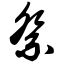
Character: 祭